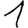
Digit: 1